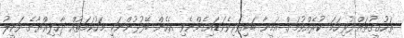
ތަހުގީގުތައް ފުރިހަމަ ކުރެއްވުމަށް އަމީނާ ބައިވެރިވެވަޑައިގެންނެވި އެހެން ބޭފުޅުންނަކީ މަހުކަމަތުއް ދާހިލިއްޔާގެ ވަކީލު